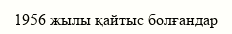
1956 жылы қайтыс болғандар